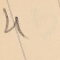
4